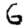
Digit: 6